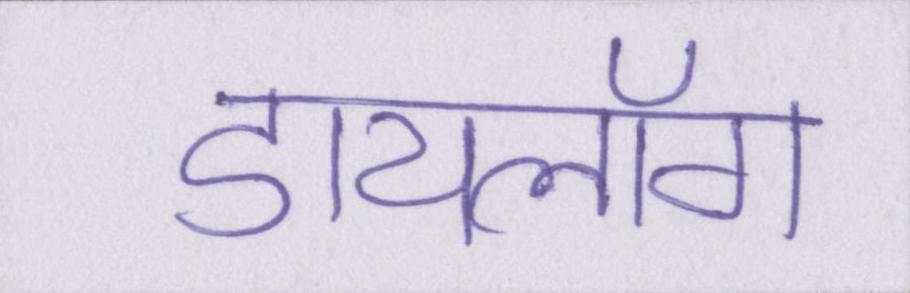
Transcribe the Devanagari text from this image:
डायलॉग